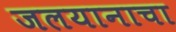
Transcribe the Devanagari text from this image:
जलयानाचा